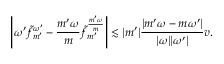
\left| { \omega ^ { \prime } } \widetilde { f } _ { m ^ { \prime } } ^ { \omega ^ { \prime } } - \frac { m ^ { \prime } \omega } { m } \widetilde { f } _ { m ^ { \prime } } ^ { \frac { m ^ { \prime } \omega } { m } } \right| \lesssim | m ^ { \prime } | \frac { | m ^ { \prime } \omega - m { \omega ^ { \prime } } | } { | \omega | | { \omega ^ { \prime } } | } v .